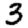
Digit: 3